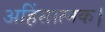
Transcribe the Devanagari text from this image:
अहिंसात्मक।